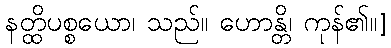
နတ္ထိပစ္စယော၊ သည်။ ဟောန္တိ၊ ကုန်၏။]